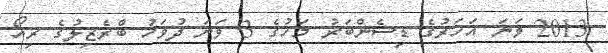
2013 ވަނަ އަހަރުގެ ޑިސެންބަރު މަހުގެ 3 ވަނަ ދުވަހު ބްރެޒިލުގެ ރިއޯ